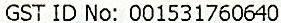
GST ID NO: 001531760640